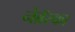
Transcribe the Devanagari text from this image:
नेब्रॅस्का